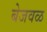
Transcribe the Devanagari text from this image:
बेजवळ